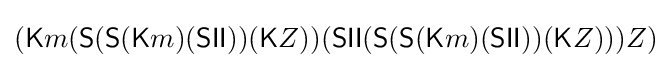
({\textsf {K}}m({\textsf {S}}({\textsf {S}}({\textsf {K}}m)({\textsf {S}}{\textsf {I}}{\textsf {I}}))({\textsf {K}}Z))({\textsf {S}}{\textsf {I}}{\textsf {I}}({\textsf {S}}({\textsf {S}}({\textsf {K}}m)({\textsf {S}}{\textsf {I}}{\textsf {I}}))({\textsf {K}}Z)))Z)